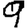
Digit: 9